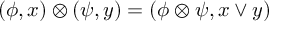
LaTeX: ( \phi , x ) \otimes ( \psi , y ) = ( \phi \otimes \psi , x \vee y ) ~ ~ ~